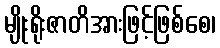
မျိုးရိုးဇာတိအားဖြင့်ဖြစ်စေ၊